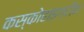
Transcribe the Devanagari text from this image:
कस्कोहाइग्रीन